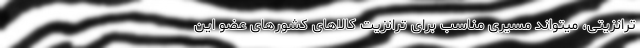
ترانزیتی، میتواند مسیری مناسب برای ترانزیت کالاهای کشورهای عضو این